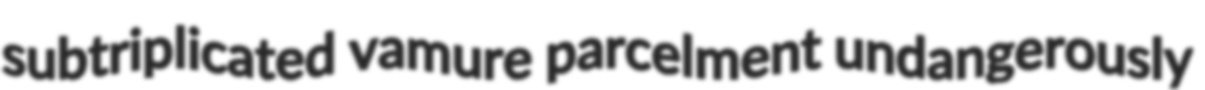
subtriplicated vamure parcelment undangerously